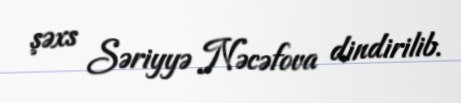
şəxs Səriyyə Nəcəfova dindirilib.